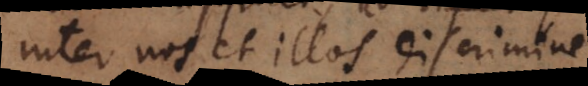
inter nos et illos discrimine,